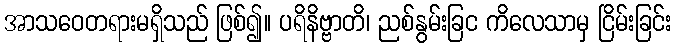
အာသဝေတရားမရှိသည် ဖြစ်၍။ ပရိနိဗ္ဗာတိ၊ ညစ်နွမ်းခြင ကိလေသာမှ ငြိမ်းခြင်း